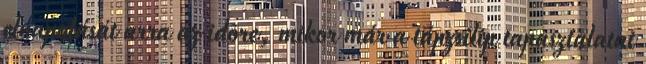
elnapolását arra az idõre, mikor már a tápzsilip tapasztalatai